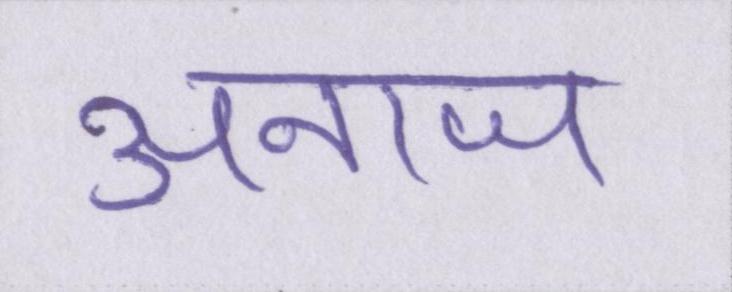
अनाज